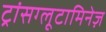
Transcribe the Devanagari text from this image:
ट्रांसग्लूटामिनेज़